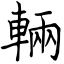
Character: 輛